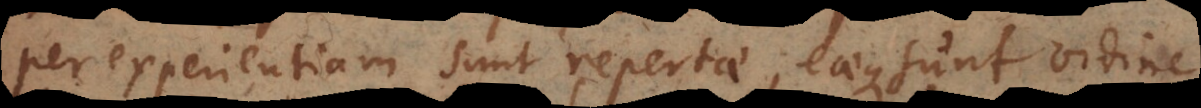
per experientiam sunt repertae, eaeque sunt or